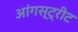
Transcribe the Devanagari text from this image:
आंगस्ट्रीट